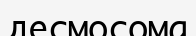
десмосома